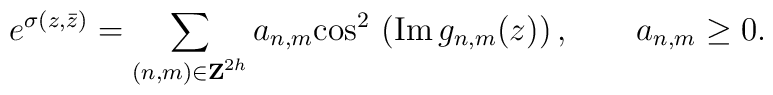
e^{\sigma(z,\bar z)}=\sum_{({n,m})\in {\bf Z}^{2h}} a_{n,m}{\rm cos}^2\,\left( {\rm Im}\, g_{n,m}(z)\right), \qquad a_{n,m}\ge 0.